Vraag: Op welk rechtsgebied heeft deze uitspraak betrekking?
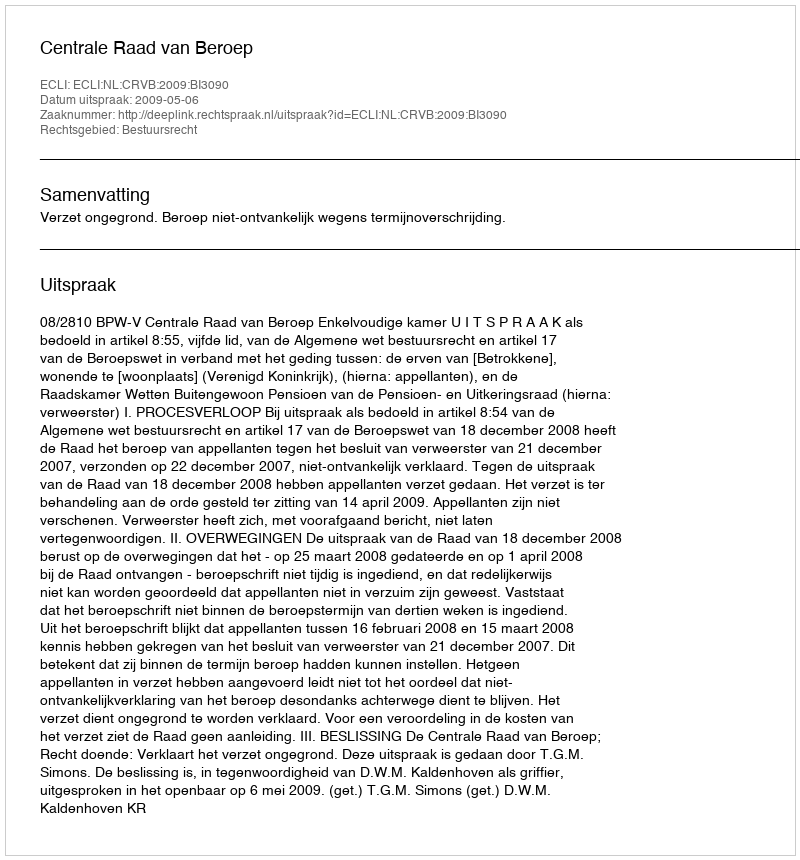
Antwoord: Bestuursrecht